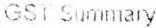
GST SUMMARY